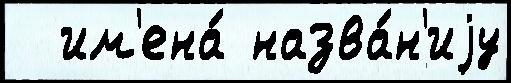
  им'ена́ назва́н'иjу